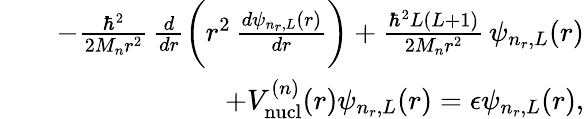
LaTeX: \begin{array}{rlr}&{}&{-\frac{\hbar^{2}}{2M_{n}r^{2}}\, \frac{d}{dr}\bigg(r^{2}\, \frac{d\psi_{n_{r},L}(r)}{dr}\bigg)+\frac{\hbar^{2}L(L+1)}{2M_{n}r^{2}}\, \psi_{n_{r},L}(r)}\\ &{}&{\; \; +V_{\mathrm{nucl}}^{(n)}(r)\psi_{n_{r},L}(r)=\epsilon\psi_{n_{r},L}(r),}\end{array}